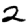
Digit: 2